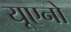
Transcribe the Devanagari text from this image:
यूएनो